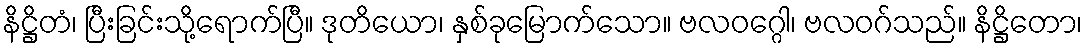
နိဋ္ဌိတံ၊ ပြီးခြင်းသို့ရောက်ပြီ။ ဒုတိယော၊ နှစ်ခုမြောက်သော။ ဗလဝဂ္ဂေါ၊ ဗလဝဂ်သည်။ နိဋ္ဌိတော၊